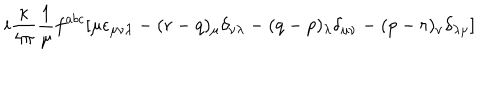
i \frac { \kappa } { 4 \pi } \frac { 1 } { \mu } f ^ { a b c } [ \mu \epsilon _ { \mu \nu \lambda } - ( r - q ) _ { \mu } \delta _ { \nu \lambda } - ( q - p ) _ { \lambda } \delta _ { \mu \nu } - ( p - r ) _ { \nu } \delta _ { \lambda \mu } ]